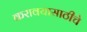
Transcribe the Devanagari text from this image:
करावयासाठीचे